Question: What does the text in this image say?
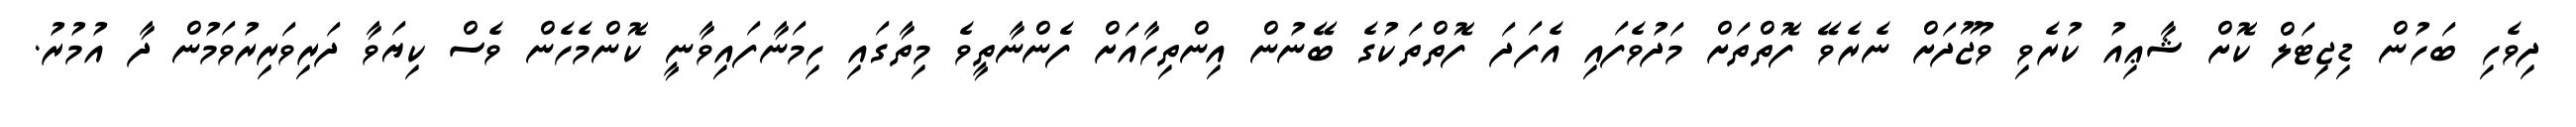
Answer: ދިވެހި ބަހުން ޑިޖިޓަލް ކޮށް ޝާޢިއު ކުރެވި ވުޖޫދަށް ނެރެވޭ ފޮތްތަށް މަދުވެފައި އެފަދަ ފޮތްތަކުގެ ބޭނުން އިންތިހާއަށް ފެންނާތީވެ މިތާގައި ހިމަނާފައިވާނީ ކޮންމެހެން ވެސް ކިޔަވާ ދަރިވަރިރުވަމުން ދާ އުމުރު.